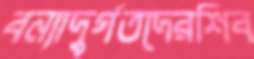
বন্যাদুর্গতদেরশিব